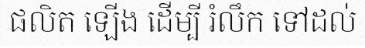
ផលិត ឡើង ដើម្បី រំលឹក ទៅដល់